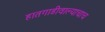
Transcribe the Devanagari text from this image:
हातगाडीवाल्याचाच